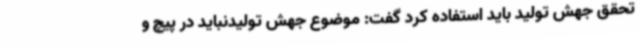
تحقق جهش تولید باید استفاده کرد گفت: موضوع جهش تولیدنباید در پیچ و